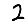
Digit: 2